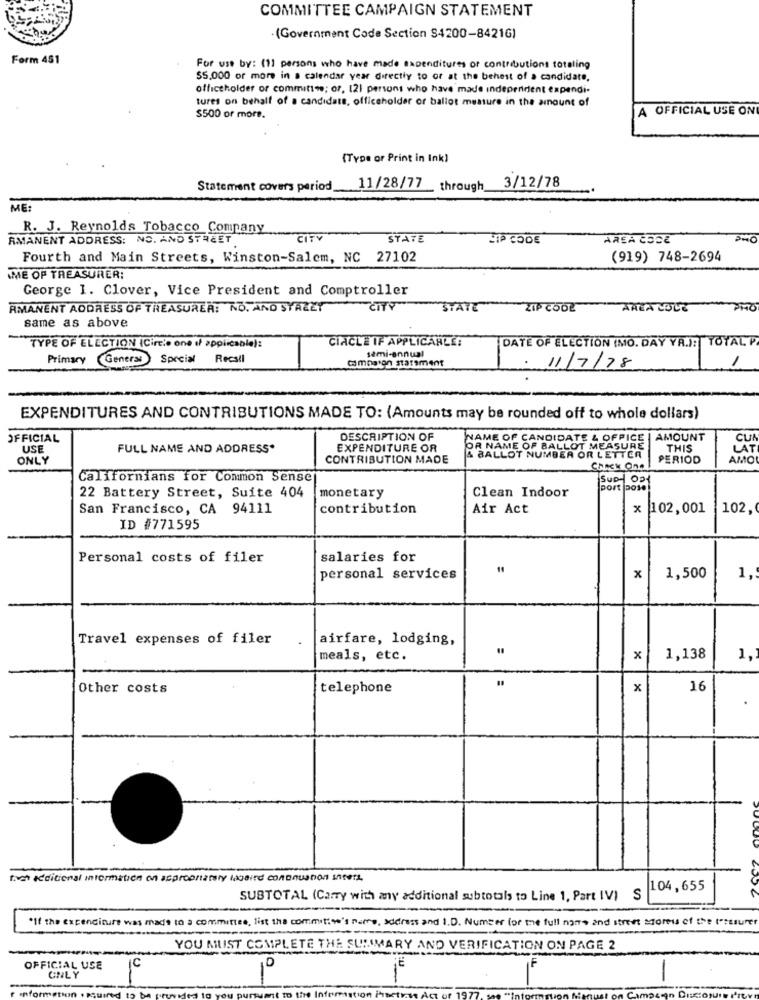
COMMITTEE CAMPAIGN STATEMENT
· (Government Code Section 84200-8421G)
Form 451
For use by: (11 persons who have made expenditures or contributions totaling
$5.000 or more in a calendar year directly to or at the behest of a candidate.
officeholder or committee; or, 12) persons who have made independent expendi-
tures on behalf of a candidats, officeholder or ballot measure in the amount of
A OFFICIAL USE ON
$500 or more.
(Type or Print in Ink)
Statement covers period_11/28/77_ through 3/12/78
ME
R. J. Reynolds Tobacco Company
RMANENT ADDRESS: NO. AND STREET
CITY
STATE
LIP CODE
AREA CODE
Fourth and Main Streets, Winston-Salem, NC 27102
(919) 748-2694
ME OP TREASURER:
George 1. Clover, Vice President and Comptroller
AMANENT ADDRESS OF TREASURER: NO. AND STREET
CITY
STATE
ZIP COOL
AREA LOVE
same as above
CIACLE IF APPLICABLE:
DATE OF ELECTION (MO. DAY YA.): TOTAL P
TYPE OF ELECTION (Circle one if applicable):
semi-annual
Primary General Special Recall
campaign statement
. 11/7/78
1
EXPENDITURES AND CONTRIBUTIONS MADE TO: (Amounts may be rounded off to whole dollars)
OFFICIAL
DESCRIPTION OF
NAME OF CANDIDATE & OFFICE | AMOUNT
USE
FULL NAME AND ADDRESS*
EXPENDITURE OR
OR NAME OF BALLOT MEASURE
THIS
CUR
ONLY
CONTRIBUTION MADE
& BALLOT NUMBER OR LETTCA
PERIOD
AMO
ChACK One
Californians for Common Sense
Suat 021
22 Battery Street, Suite 404
Clean Indoor
port pote
monetary
San Francisco, CA 94111
contribution
Air Act
x 102,001
102,
ID #771595
Personal costs of filer
salaries for
11
personal services
x
1,500
1 ,:
Travel expenses of filer
airfare, lodging,
meals, etc.
x
1,138
1,
Other costs
telephone
x
16
.
toch additional information on appropriately lobaird connu se
104,655
SUBTOTAL (Carry with any additional subtotals to Line 1, Part IV) S
*If the expenditure was made to a committee, list the committo's name, address and I.D. Numser (or the full name and street Moreus of the t'tesure
YOU MUST COMPLETE THE SUMMARY AND VERIFICATION ON PAGE 2
OFFICIAL USE
C
o
ONLY